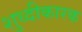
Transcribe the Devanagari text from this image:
शुध्दीकारक